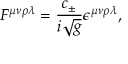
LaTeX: F ^ { \mu \nu \rho \lambda } = \frac { c _ { \pm } } { i \sqrt { g } } \epsilon ^ { \mu \nu \rho \lambda } ,